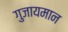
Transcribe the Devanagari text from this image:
गुजायमान